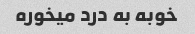
خوبه به درد میخوره